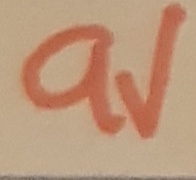
Text: 9V